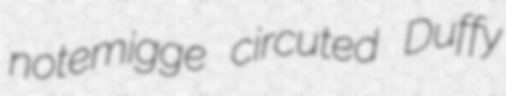
notemigge circuted Duffy